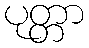
ပုတ္တာ